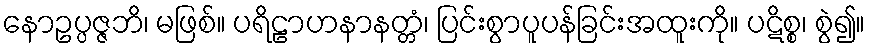
နောဥပ္ပဇ္ဇဘိ၊ မဖြစ်။ ပရိဠာဟနာနတ္တံ၊ ပြင်းစွာပူပန်ခြင်းအထူးကို။ ပဋိစ္စ၊ စွဲ၍။